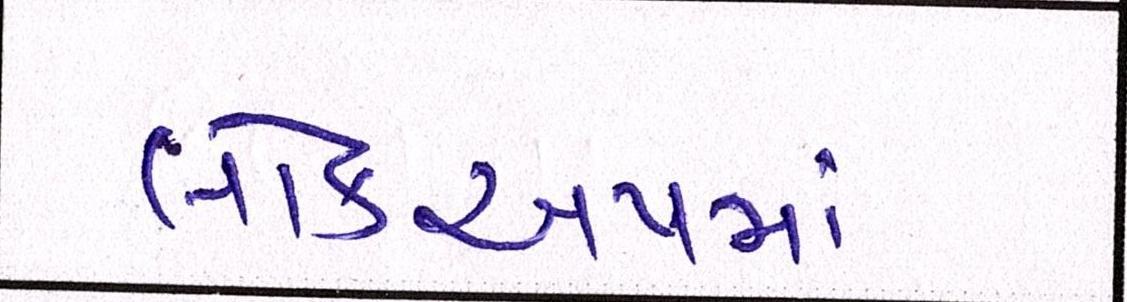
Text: લોકઅપમાં